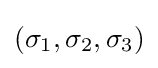
\left(\sigma _{1},\sigma _{2},\sigma _{3}\right)